Punjab Mental Hospital Lahore 1922-31 - 1922-1931
Year: 1922
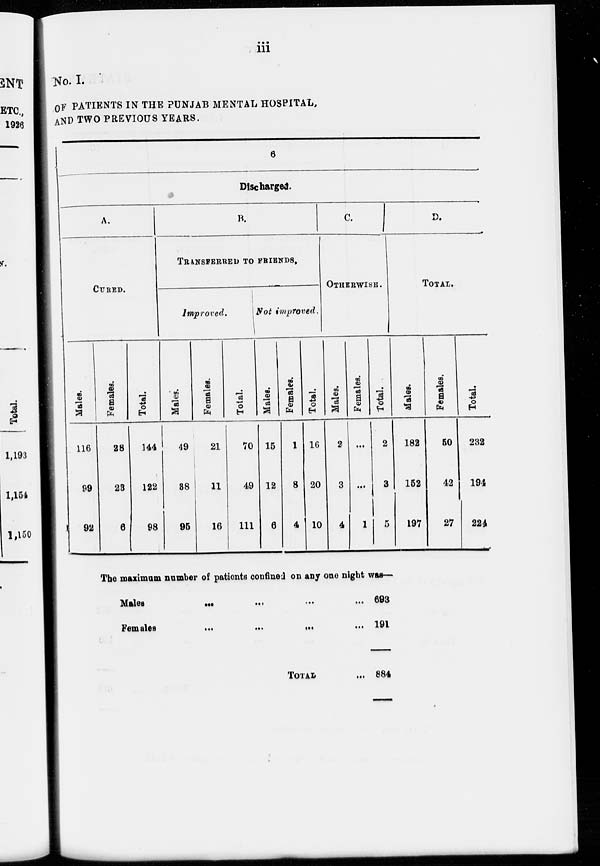
iii
No. I.
OF PATIENTS IN THE PUNJAB MENTAL HOSPITAL,
AND TWO PREVIOUS YEARS.
6
Discharged.
A.
CURED.
Males.
116
99
92
Females.
28
23
6
Total.
144
122
98
B.
TRANSFERRED TO FRIENDS.
Improved.
Males.
49
38
95
Females.
21
11
16
Total.
70
49
111
Not improved.
Males.
15
12
6
Females.
1
8
4
Total.
16
20
10
C.
OTHERWISE .
Males.
2
3
4
Females.
...
...
1
Total.
2
3
5
D.
TOTAL.
Males.
182
152
197
Females.
50
42
27
Total.
232
194
224
The maximum number of patients confined on any one night was—
Males
...
...
...
...
...
Females ... ... ... ... ...
TOTAL ...
693
191
884